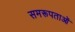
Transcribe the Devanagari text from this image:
समरूपताओं